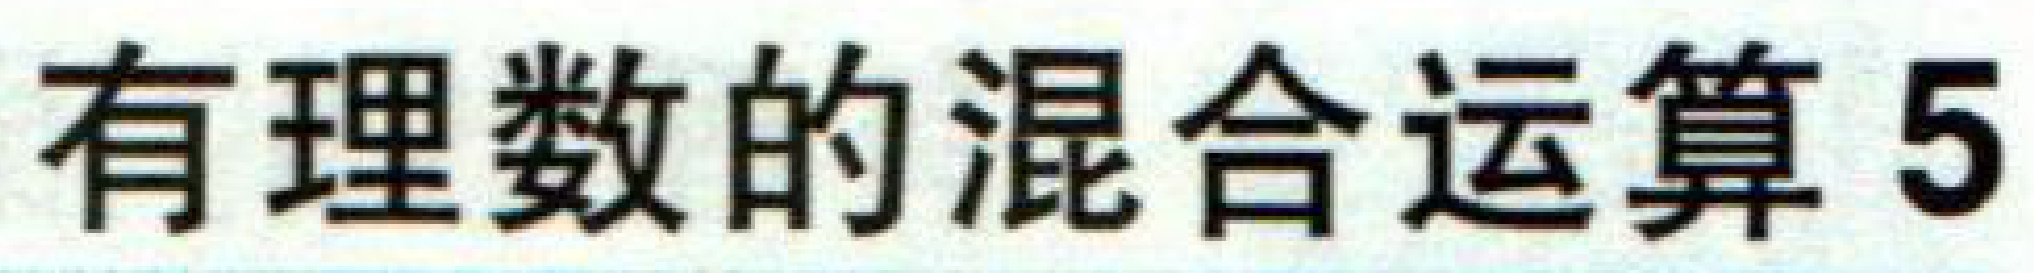
有理数的混合运算 5